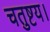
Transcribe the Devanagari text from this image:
चतुष्टय।